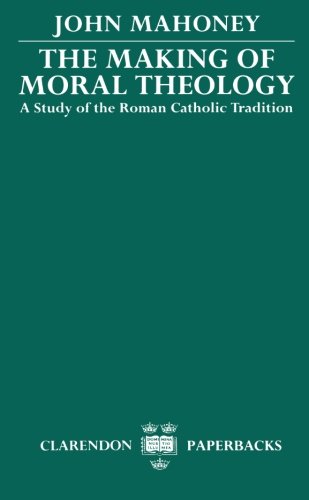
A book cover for The Making of Moral Theology: A Study of the Roman Catholic Tradition (Study of the Roman Catholic Tradition (the Martin D'Arcy Mem); John Mahoney; Religion & Spirituality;